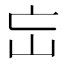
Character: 𡵍